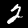
Digit: 2